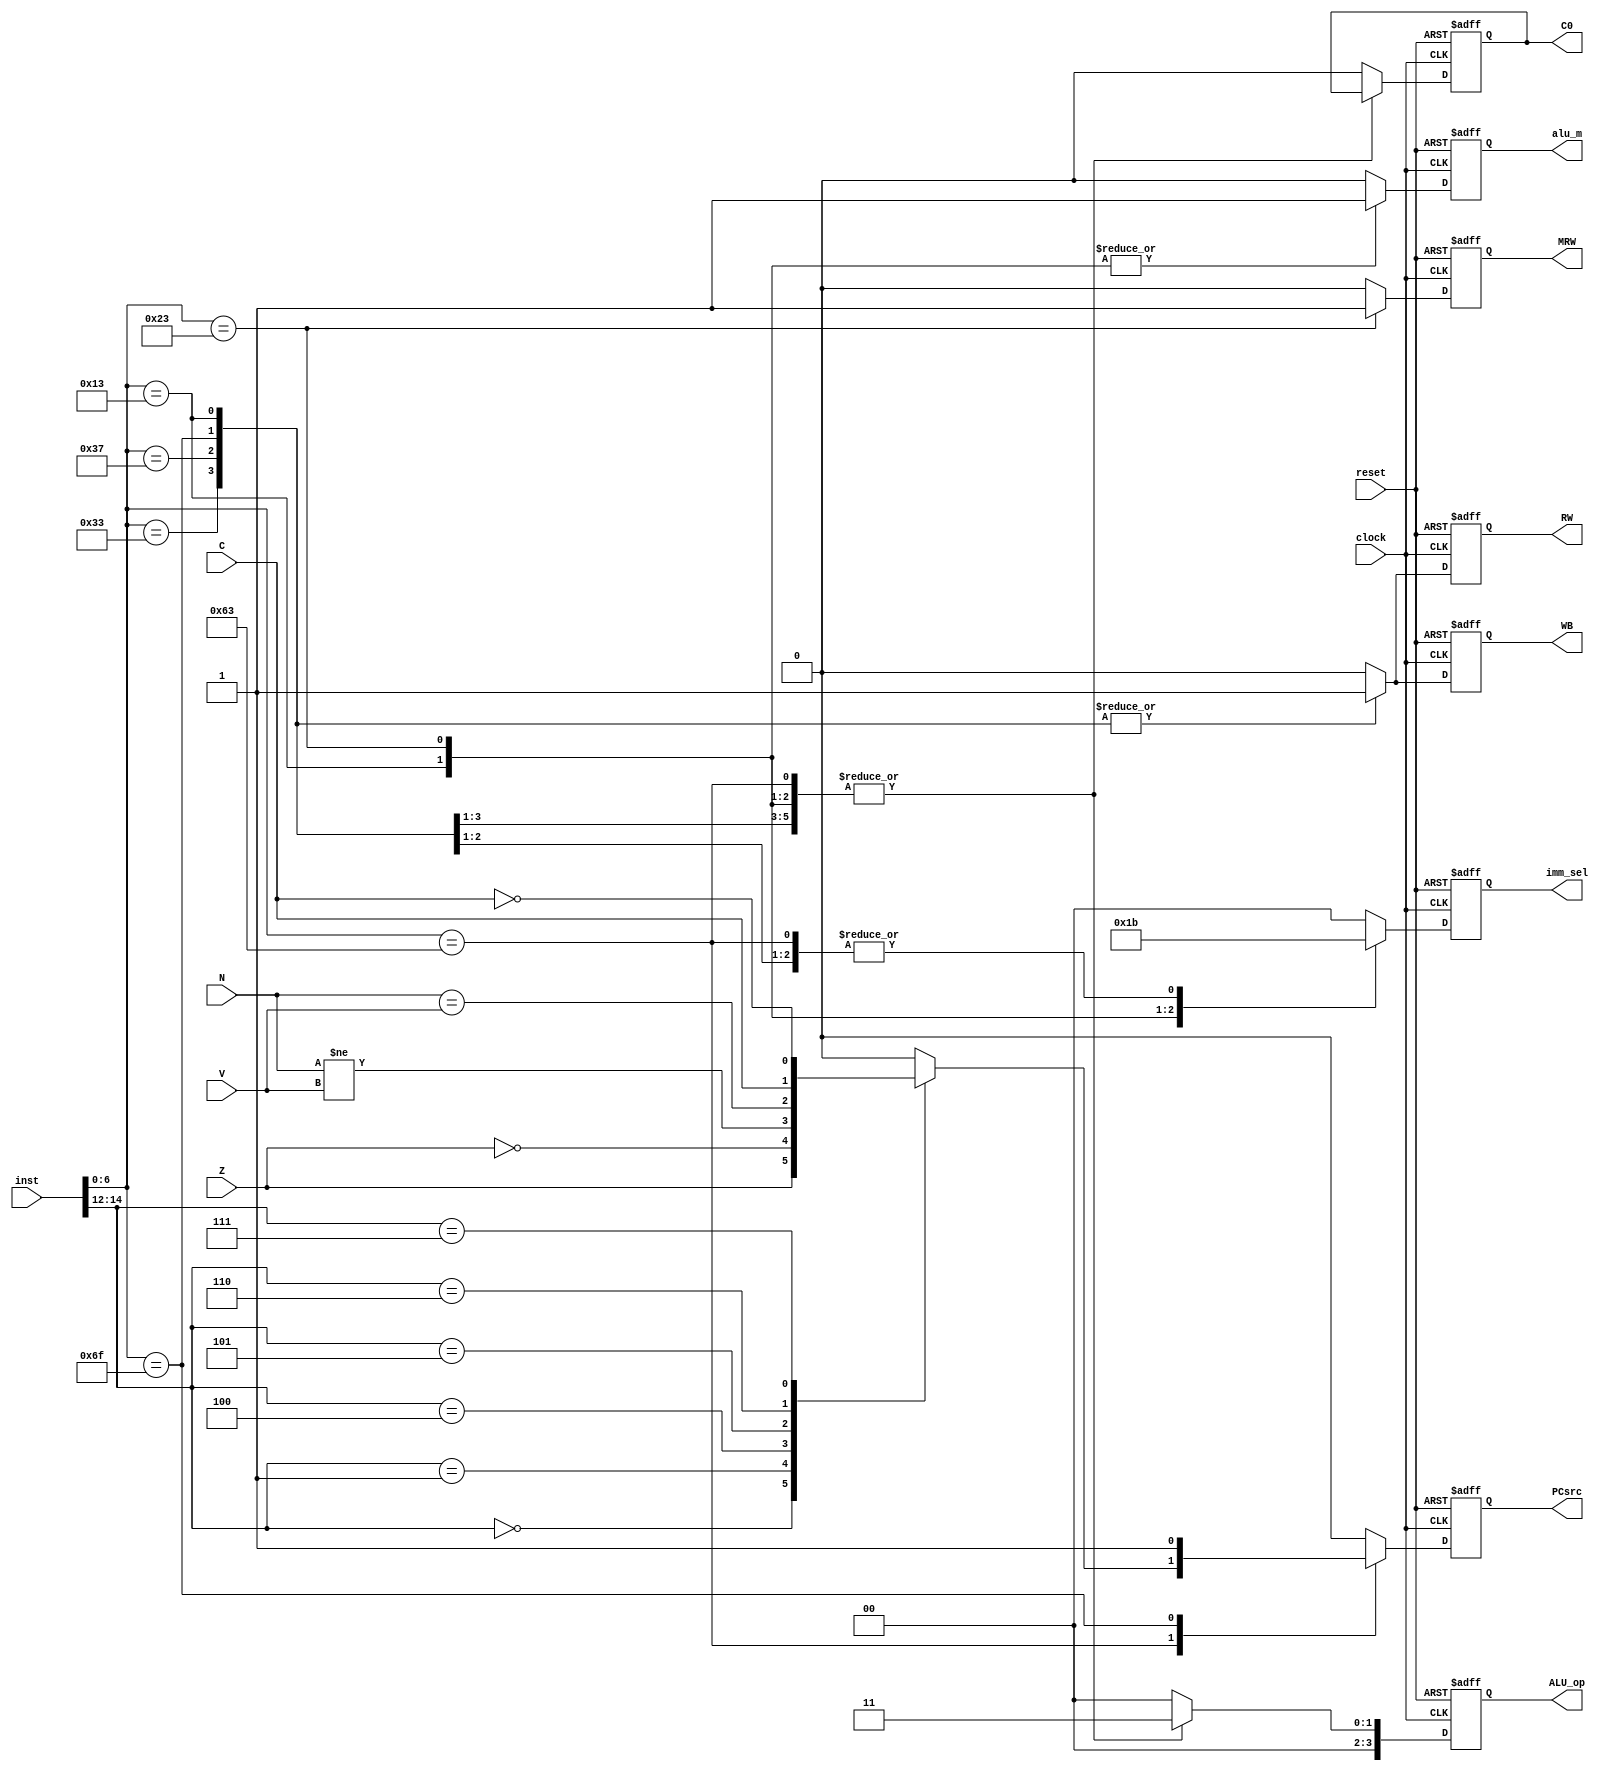
module ControlUnit(
    input wire clock,
    input wire reset,
    input wire [31:0] inst,
    input wire Z,
    input wire N,
    input wire C,
    input wire V,
    //output reg [31:0] inst_out,
    output reg C0,
    output reg RW,
    output reg alu_m,
    output reg [3:0] ALU_op,
    output reg MRW,
    output reg WB,
    output reg PCsrc,
    output reg [1:0] imm_sel
);

// RISC-V
localparam OPCODE_R_TYPE = 7'b0110011;
localparam OPCODE_I_TYPE = 7'b0010011;
localparam OPCODE_S_TYPE = 7'b0100011;
localparam OPCODE_B_TYPE = 7'b1100011;
localparam OPCODE_U_TYPE = 7'b0110111;
localparam OPCODE_J_TYPE = 7'b1101111;

// ALU
localparam ALU_ADD = 4'b0011; 


wire [6:0] opcode = inst[6:0];
wire [2:0] func3 = inst[14:12]; 
wire [6:0] func7 = inst[31:25]; 


always @(posedge clock or posedge reset) begin
    if (reset) begin
        C0 <= 0;
        RW <= 0;
        alu_m <= 0;
        ALU_op <= 0;
        MRW <= 0;
        WB <= 0;
        PCsrc <= 0;
        imm_sel <= 0;
       // inst_out <= 32'b0;
    end else begin
        //inst_out <= inst;
       
        case (opcode)
            OPCODE_R_TYPE: begin
                // R
                RW <= 1;
                alu_m <= 0;
                ALU_op <= ALU_ADD; 
                MRW <= 0;
                WB <= 1;
                PCsrc <= 0;
                imm_sel <= 2'b00;
            end
            OPCODE_I_TYPE: begin
                // I
                RW <= 1;
                alu_m <= 1;
                ALU_op <= ALU_ADD; 
                MRW <= 0;
                WB <= 1;
                PCsrc <= 0;
                imm_sel <= 2'b01; 
            end
            OPCODE_S_TYPE: begin
                // S
                RW <= 0;
                alu_m <= 1;
                ALU_op <= ALU_ADD; 
                MRW <= 1; 
                WB <= 0;
                PCsrc <= 0;
                imm_sel <= 2'b10; 
            end
            OPCODE_B_TYPE: begin
                // B
                RW <= 0;
                alu_m <= 0;
                ALU_op <= ALU_ADD; 
                MRW <= 0;
                WB <= 0;
                PCsrc <= 1; 
                imm_sel <= 2'b11; 
                case (func3)
                    3'b000: PCsrc <= Z;  
                    3'b001: PCsrc <= ~Z; 
                    3'b100: PCsrc <= N != V; 
                    3'b101: PCsrc <= N == V; 
                    3'b110: PCsrc <= C; 
                    3'b111: PCsrc <= ~C; 
        default: PCsrc <= 0; 
                 endcase
            end
            OPCODE_U_TYPE: begin
             // U
            RW <= 1; 
            alu_m <= 0; 
            ALU_op <= ALU_ADD; 
            MRW <= 0; 
            WB <= 1; 
            PCsrc <= 0; 
            imm_sel <= 2'b11; 
            end
            OPCODE_J_TYPE: begin
            // J
            RW <= 1; 
            alu_m <= 0; 
            ALU_op <= ALU_ADD; 
            MRW <= 0; 
            WB <= 1; 
            PCsrc <= 1; 
            imm_sel <= 2'b11; 
            end
            default: begin
                C0 <= 0;
                RW <= 0;
                alu_m <= 0;
                ALU_op <= 0;
                MRW <= 0;
                WB <= 0;
                PCsrc <= 0;
                imm_sel <= 2'b00;
            end
        endcase
    end
end

endmodule